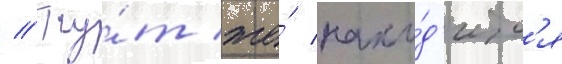
// Ту́т же́ нахо́д'итс'я